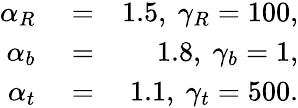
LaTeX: \begin{array}{rlr}{\alpha_{R}}&{{}=}&{1.5,\ \gamma_{R}=100,}\\ {\alpha_{b}}&{{}=}&{1.8,\ \gamma_{b}=1,}\\ {\alpha_{t}}&{{}=}&{1.1,\ \gamma_{t}=500.}\end{array}